King Institute of Preventive Medicine Micro-Biological Section reports 1912-19
Year: 1912
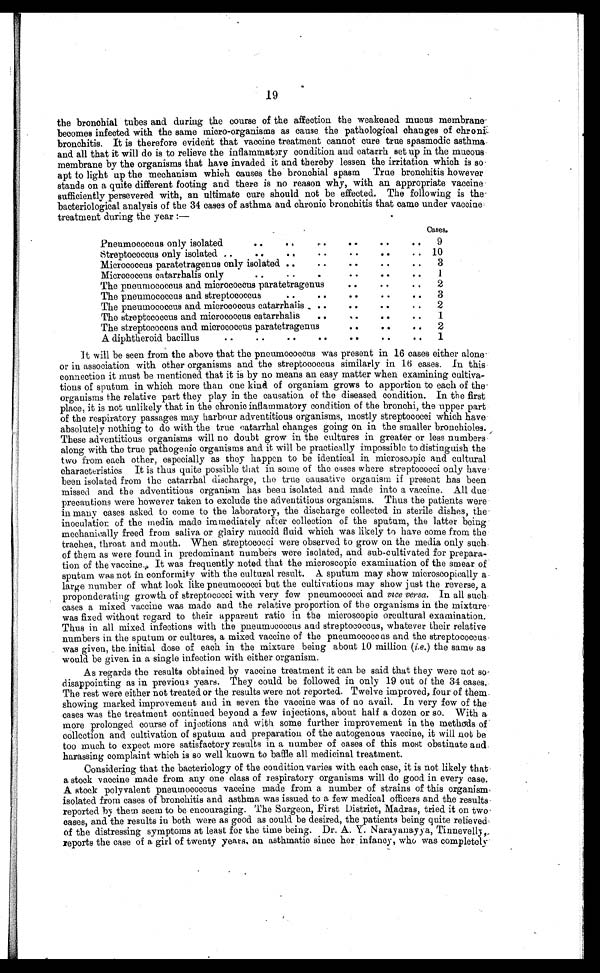
19
the bronchial tubes and during the course of the affection the weakened mucus membrane
becomes infected with the same micro-organisms as cause the pathological changes of chroni
bronchitis. It is therefore evident that vaccine treatment cannot cure true spasmodic asthma
and all that it will do is to relieve the inflammatory condition and catarrh set up in the mucous
membrane by the organisms that have invaded it and thereby lessen the irritation which is so
apt to light up the mechanism which causes the bronchial spasm True bronchitis however
stands on a quite different footing and there is no reason why, with an appropriate vaccine
sufficiently persevered with, an ultimate cure should not be effected. The following is the
bacteriological analysis of the 34 cases of asthma and chronic bronchitis that came under vaccine
treatment during the year :—
Cases.
Pneumococcus only isolated . . .
9
streptococcus only isolated . . .
10
Micrococcus paratetragenus only isolated . . .
3
Micrococcus catarrhalis only . . .
1
The pneumococcus and micrococcus paratetragenus . . .
2
The pneumococcus and streptococcus . . .
3
The pneumococcus and micrococcus catarrhalis . . .
2
The streptococcus and micrococcus catarrhalis . . .
1
The streptococcus and micrococcus paratetragenus . . .
2
A diphtheroid bacillus . . .
1
It will be seen from the above that the pneumococcus was present in 16 cases either alone
or in association with other organisms and the streptococcus similarly in 16 cases. In this
connection it must be mentioned that it is by no means an easy matter when examining cultiva--
tions of sputum in which more than one kind of organism grows to apportion to each of the
organisms the relative part they play in the causation of the diseased condition. In the first
place, it is not unlikely that in the chronic inflammatory condition of the bronchi, the upper part
of the respiratory passages may harbour adventitious organisms, mostly streptococci which have
absolutely nothing to do with the true catarrhal changes going on in the smaller bronchioles.
These adventitious organisms will no doubt grow in the cultures in greater or less numbers
along with the true pathogenic organisms and it will be practically impossible to distinguish the
two from each other, especially as they happen to be identical in microscopic and cultural
characteristics It is thus quite possible that in some of the cases where streptococci only have
been isolated from the catarrhal discharge, the true causative organism if present has been
missed and the adventitious organism has been isolated and made into a vaccine. All due
precautions were however taken to exclude the adventitious organisms. Thus the patients were
in many cases asked to come to the laboratory, the discharge collected in sterile dishes, the -
inoculation of the media made immediately after collection of the sputum, the latter being
mechanically freed from saliva or glairy mucoid fluid which was likely to have come from the
trachea, throat and mouth. When streptococci were observed to grow on the media only such
of them as were found in predominant numbers were isolated, and sub-cultivated for prepara--
tion of the vaccine. It was frequently noted that the microscopic examination of the smear of
sputum was not in conformity with the cultural result. A sputum may show microscopically a
large number of what look like pneumococci but the cultivations may show just the reverse, a
proponderating growth of streptococci with very few pneumococci and vice versa. In all such
cases a mixed vaccine was made and the relative proportion of the organisms in the mixture
was fixed without regard to their apparent ratio in the microscopic orcultural examination.
Thus in all mixed infections with the pneumococcus and streptococcus, whatever their relative
numbers in the sputum or cultures, a mixed vaccine of the pneumococcus and the streptococcus
was given, the initial dose of each in the mixture being about 10 million (i.e.) the same as
would be given in a single infection with either organism.
As regards the results obtained by vaccine treatment it can be said that they were not so
disappointing as in previous years. They could be followed in only 19 out of the 34 cases.
The rest were either not treated or the results were not reported. Twelve improved, four of them
showing marked improvement and in seven the vaccine was of no avail. In very few of the
cases was the treatment continued beyond a few injections, about half a dozen or so. With a
more prolonged course of injections and with some further improvement in the methods of
collection and cultivation of sputum and preparation of the autogenous vaccine, it will not be
too much to expect more satisfactory results in a number of cases of this most obstinate and
harassing complaint which is so well known to baffle all medicinal treatment.
Considering that the bacteriology of the condition varies with each case, it is not likely that
a stock vaccine made from any one class of respiratory organisms will do good in every case.
A stock polyvalent pneumococcus vaccine made from a number of strains of this organism
isolated from cases of bronchitis and asthma was issued to a few medical officers and the results
reported by them seem to be encouraging. The Surgeon, First District, Madras, tried it on two
cases, and the results in both were as good as could be desired, the patients being quite relieved
of the distressing symptoms at least for the time being. Dr. A. Y. Narayanayya, Tinnevelly,
reports the case of a girl of twenty years, an asthmatic since her infancy, who was completely